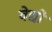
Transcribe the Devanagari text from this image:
वेद्यों